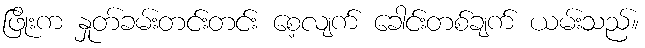
ဖြိုးက နှုတ်ခမ်းတင်းတင်း စေ့လျက် ခေါင်းတစ်ချက် ယမ်းသည်။